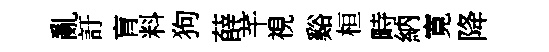
亂訏肓料狗薛芊視谿桓畤納寛降